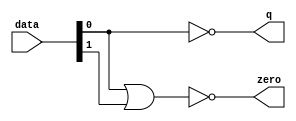
module  acl_fp_sub_altpriority_encoder_nh8
	( 
	data,
	q,
	zero) ;
	input   [1:0]  data;
	output   [0:0]  q;
	output   zero;
	assign
		q = {(~ data[0])},
		zero = (~ (data[0] | data[1]));
endmodule